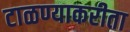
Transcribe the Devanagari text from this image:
टाळण्याकरीता